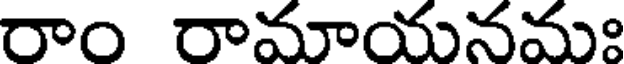
రాం రామాయనమః